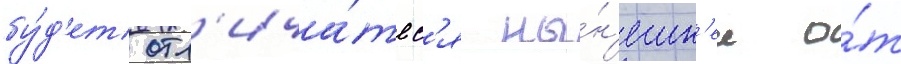
бу́д'ет отл'ича́тьс'я ны́н'ешн'ее о́т